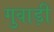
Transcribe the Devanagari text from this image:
गुवाड़ी